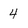
Character: 4